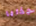
جذابا